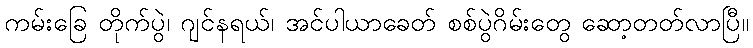
ကမ်းခြေ တိုက်ပွဲ၊ ဂျင်နရယ်၊ အင်ပါယာခေတ် စစ်ပွဲဂိမ်းတွေ ဆော့တတ်လာပြီ။